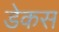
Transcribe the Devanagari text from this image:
डेकस